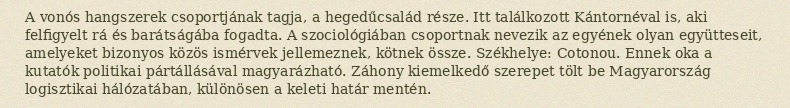
A vonós hangszerek csoportjának tagja, a hegedűcsalád része. Itt találkozott Kántornéval is, aki felfigyelt rá és barátságába fogadta. A szociológiában csoportnak nevezik az egyének olyan együtteseit, amelyeket bizonyos közös ismérvek jellemeznek, kötnek össze. Székhelye: Cotonou. Ennek oka a kutatók politikai pártállásával magyarázható. Záhony kiemelkedő szerepet tölt be Magyarország logisztikai hálózatában, különösen a keleti határ mentén.